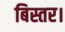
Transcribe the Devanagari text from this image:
बिस्तर।